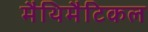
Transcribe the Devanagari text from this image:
मैथिमैटिकल